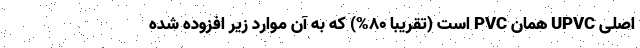
اصلی UPVC همان PVC است (تقریباً ۸۰%) که به آن موارد زیر افزوده شده